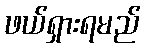
ဖယ်ရှားရမည်